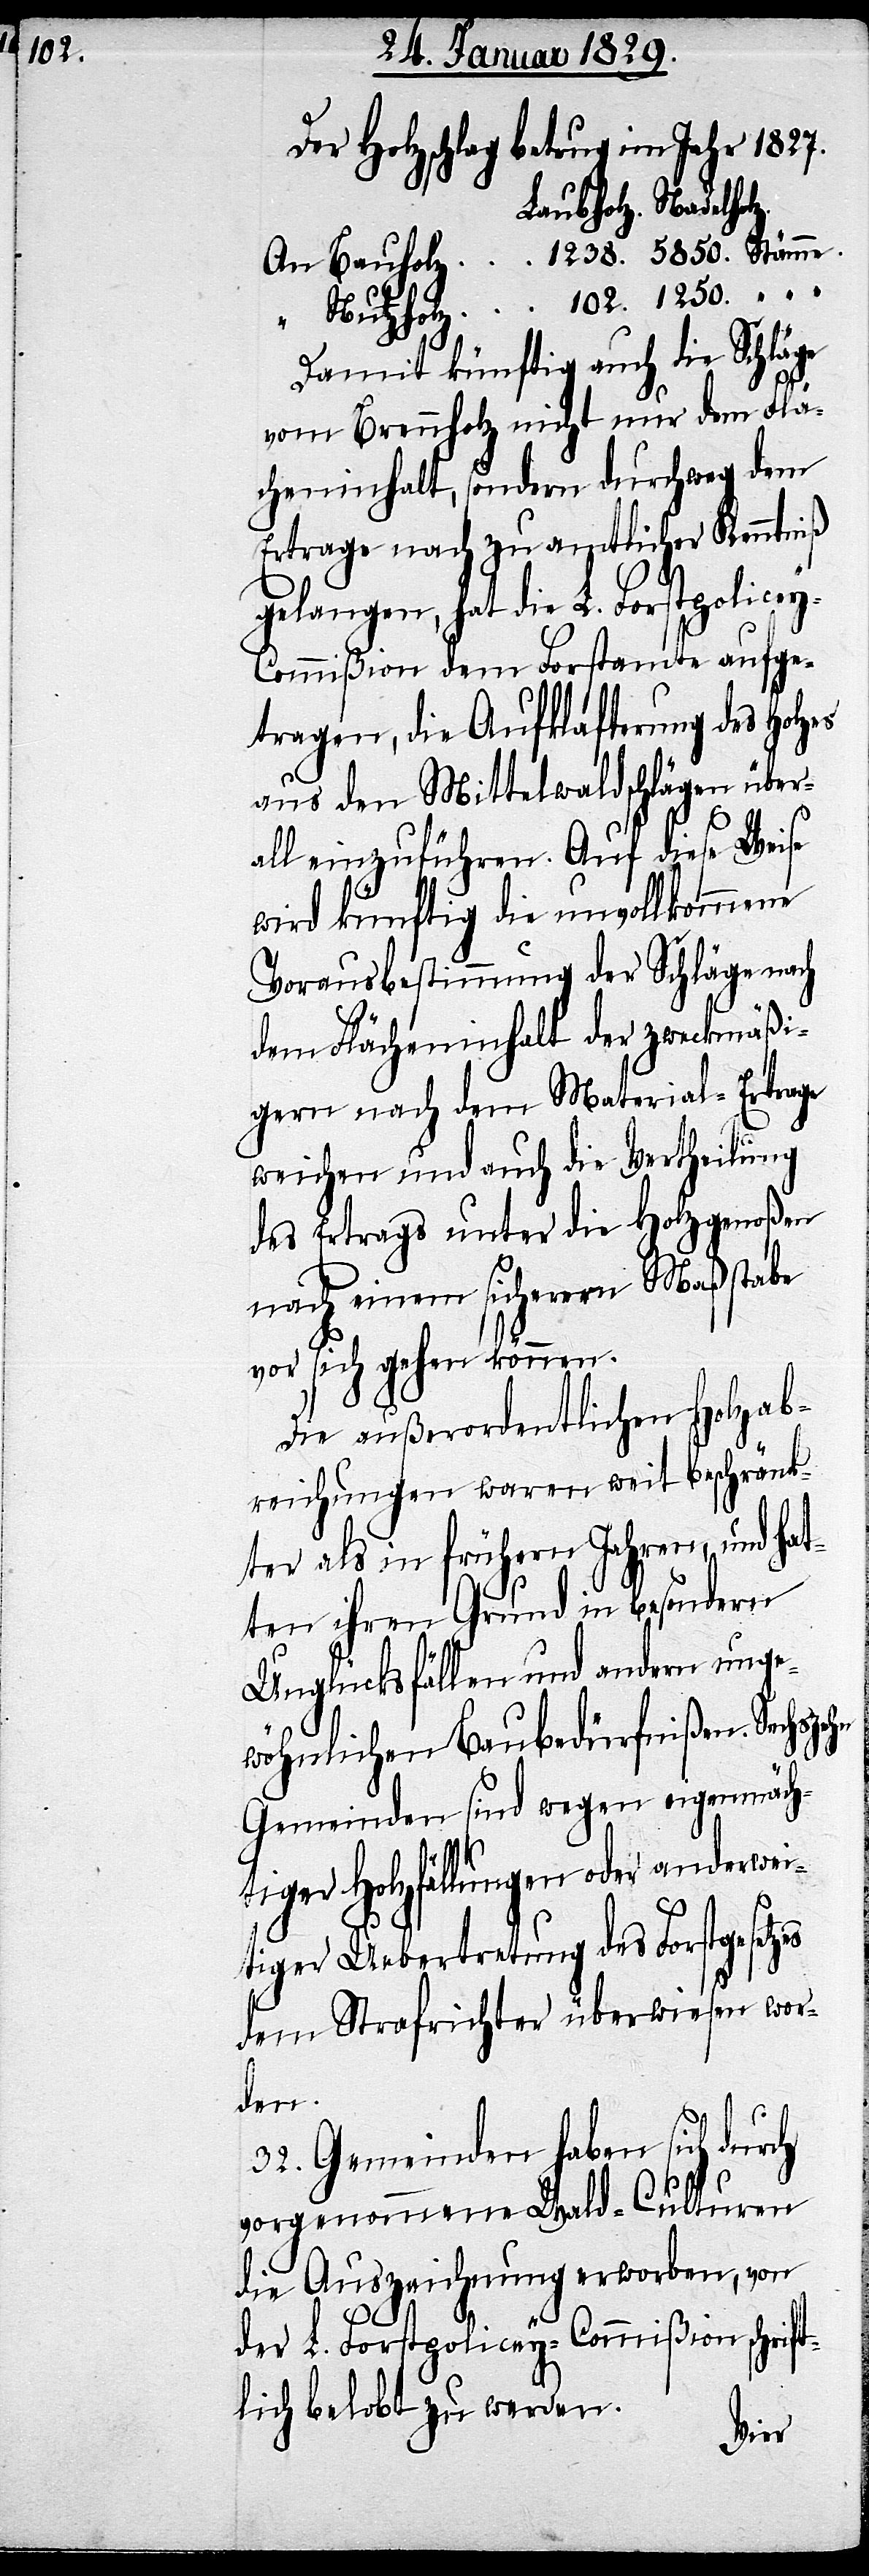
102.

Der Holzschlag betrug im Jahr 1827.
“
Damit künftig auch die Schläge
vom Brennholz nicht nur dem Flä¬
cheninhalt, sondern durchweg dem
Ertrage nach zu amtlicher Kenntniß
gelangen, hat die L. Forstpolice¬
y-Commißion dem Forstamte aufge¬
tragen, die Aufklafterung des Holzes
aus den Mittelwaldschlägen über¬
all einzuführen. Auf diese Weise
wird künftig die unvollkommene
Vorausbestimmung der Schläge nach
dem Flächeninhalt der zweckmäßi¬
gern nach dem Material-Ertrage
weichen und auch die Vertheilung
des Ertrags unter die Holzgenoßen
nach einem sicherern Maßstabe
vor sich gehen können.
Die außerordentlichen Holzab¬
reichungen waren weit beschränk¬
ter als in frühern Jahren, und ha¬
tten ihren Grund in besondern
Unglücksfällen und andern ung¬
ewöhnlichen Baubedürfnißen. Sechs¬
Gemeinden sind wegen eigenmäch¬
tiger Holzfällung oder anderwei¬
tiger Uebertretung des Forstgesetzes
dem Strafrichter überwiesen wor¬
den.
32. Gemeinden haben sich durch
vorgenommene Wald-Culturen
die Auszeichnung erworben, von
der L. Forstpolicey-Commißion schri¬
ftlich belobt zu werden.
zehn